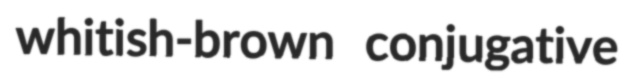
whitish-brown conjugative